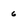
Character: 6